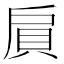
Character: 𲂩